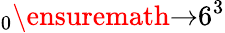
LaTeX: _{0}\ensuremath{\rightarrow}6{}^{3}